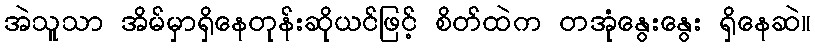
အဲသူသာ အိမ်မှာရှိနေတုန်းဆိုယင်ဖြင့် စိတ်ထဲက တအုံနွေးနွေး ရှိနေဆဲ။